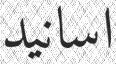
اسانيد